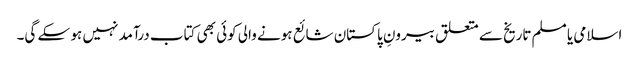
اسلامی یا مسلم تاریخ سے متعلق بیرونِ پاکستان شائع ہونے والی کوئی بھی کتاب درآمد نہیں ہو سکے گی۔